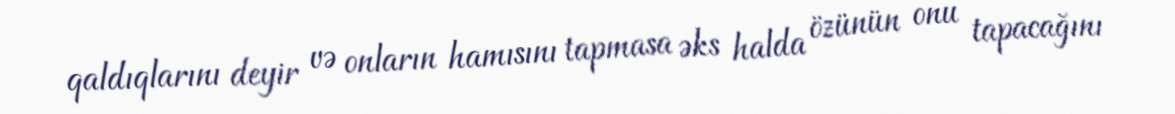
qaldıqlarını deyir və onların hamısını tapmasa əks halda özünün onu tapacağını